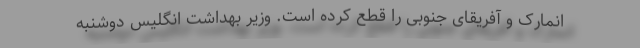
انمارک و آفریقای جنوبی را قطع کرده است. وزیر بهداشت انگلیس دوشنبه